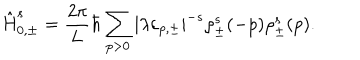
\hat { \mathrm { H } } _ { 0 , \pm } ^ { s } = \frac { 2 \pi } { 2 \pi } { L } \hbar \sum _ { p > 0 } | { \lambda } { \varepsilon } _ { p , \pm } | ^ { - s } { \rho } _ { \pm } ^ { s } ( - p ) { \rho } _ { \pm } ^ { s } ( p ) .